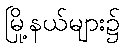
မြို့နယ်များ၌